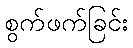
စွက်ဖက်ခြင်း